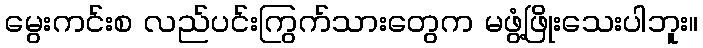
မွေးကင်းစ လည်ပင်းကြွက်သားတွေက မဖွံ့ဖြိုးသေးပါဘူး။